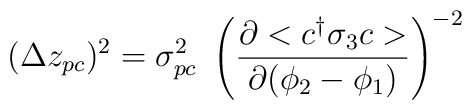
(\Delta z_{pc})^{2} = \sigma_{pc}^{2}~\left( \frac{\partial<c^{\dag}\sigma_{3}c>}{\partial (\phi_{2}-\phi_{1})} \right)^{-2}